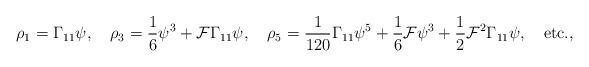
LaTeX: \begin{align*}\rho_1 = \Gamma_{11} \psi, \quad \rho_3 = {1\over 6} \psi^3 + {\cal F}\Gamma_{11} \psi, \quad \rho_5 = {1\over 120} \Gamma_{11} \psi^5+ {1 \over 6} {\cal F} \psi^3 + {1 \over 2} {\cal F}^2 \Gamma_{11} \psi, \quad {\rm etc.},\end{align*}